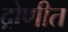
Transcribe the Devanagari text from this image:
द्रोणीत